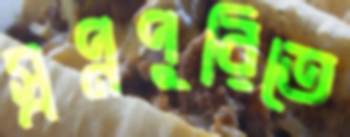
স্বপ্নপুরিতে